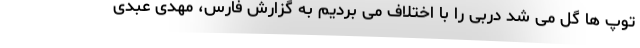
توپ ها گل می شد دربی را با اختلاف می بردیم به گزارش فارس، مهدی عبدی